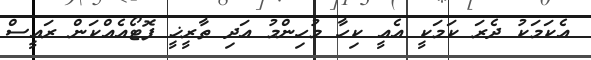
އެކަމަކު ދެރަ ކަމަކީ އެއީ ކިހާ މުހިންމު އަދި ތާރީޚީ ފޮޓޯއެއްކަން ރައީސް